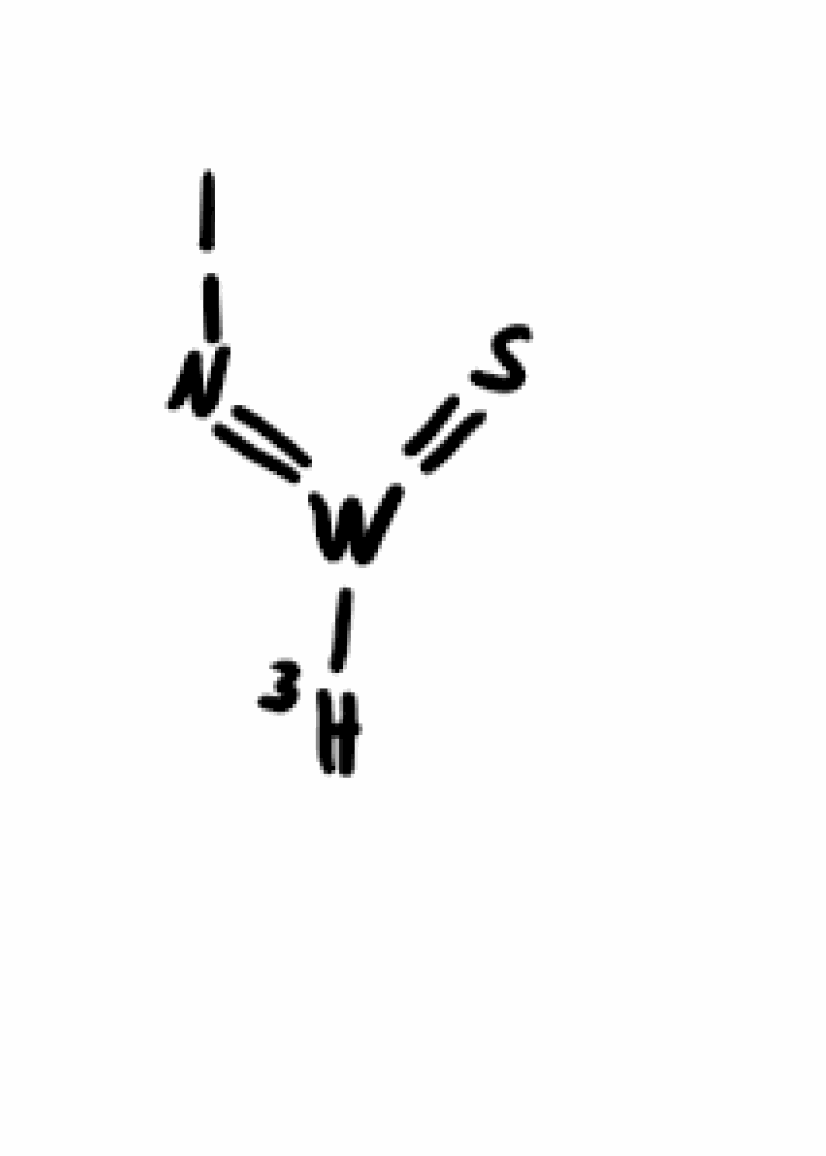
Simplified molecular-input line-entry system (SMILES) notation of the given molecule:
[3H]/[W](=N/I)=S